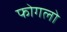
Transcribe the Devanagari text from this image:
फोगलो